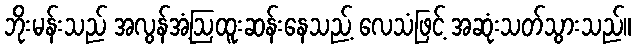
ဘိုးမန်းသည် အလွန်အံ့ဩထူးဆန်းနေသည့် လေသံဖြင့် အဆုံးသတ်သွားသည်။